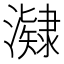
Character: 𭳔